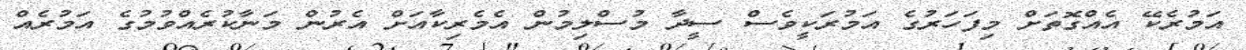
އަމުރެކޭ އެއްގޮތަށް މިފަހަރުގެ އަމުރަކީވެސް ސީދާ މުސްލިމުން އެމެރިކާއަށް އެރުން މަނާކުރެއްވުމުގެ އަމުރެއް